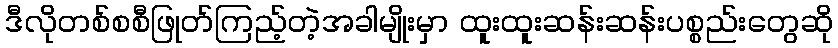
ဒီလိုတစ်စစီဖြုတ်ကြည့်တဲ့အခါမျိုးမှာ ထူးထူးဆန်းဆန်းပစ္စည်းတွေဆို